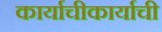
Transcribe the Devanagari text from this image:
कार्याचीकार्याची